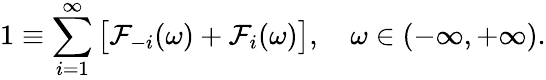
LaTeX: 1\equiv\sum_{i=1}^{\infty}\big[\mathcal{F}_{-i}(\omega)+\mathcal{F}_{i}(\omega)\big],\quad\omega\in(-\infty,+\infty).